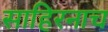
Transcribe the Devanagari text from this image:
साहिरनाच